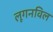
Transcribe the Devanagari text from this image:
लूगनविल